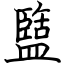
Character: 盬